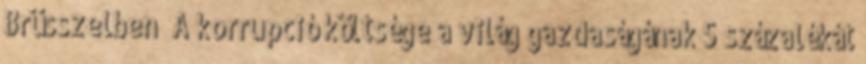
Brüsszelben „A korrupció költsége a világ gazdaságának 5 százalékát